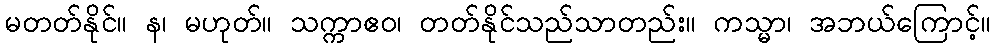
မတတ်နိုင်။ န၊ မဟုတ်။ သက္ကာဧဝ၊ တတ်နိုင်သည်သာတည်း။ ကသ္မာ၊ အဘယ်ကြောင့်။